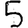
Digit: 5